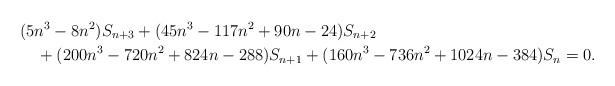
LaTeX: \begin{align*}&(5n^3-8n^2)S_{n+3}+(45n^3-117n^2+90n-24)S_{n+2} \\&\quad{}+(200n^3-720n^2+824n-288)S_{n+1}+(160n^3-736n^2+1024n-384)S_n=0.\end{align*}